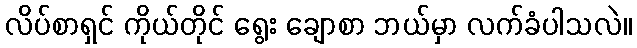
လိပ်စာရှင် ကိုယ်တိုင် ရွေး ချောစာ ဘယ်မှာ လက်ခံပါသလဲ။